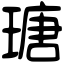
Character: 瑭